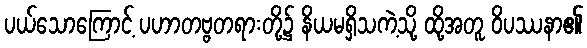
ပယ်သောကြောင့် ပဟာတဗ္ဗတရားတို့၌ နိယမရှိသကဲ့သို့ ထို့အတူ ဝိပဿနာ၏